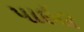
પાઇલ